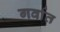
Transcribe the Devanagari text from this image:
गर्वात